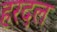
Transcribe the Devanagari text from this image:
हरदल